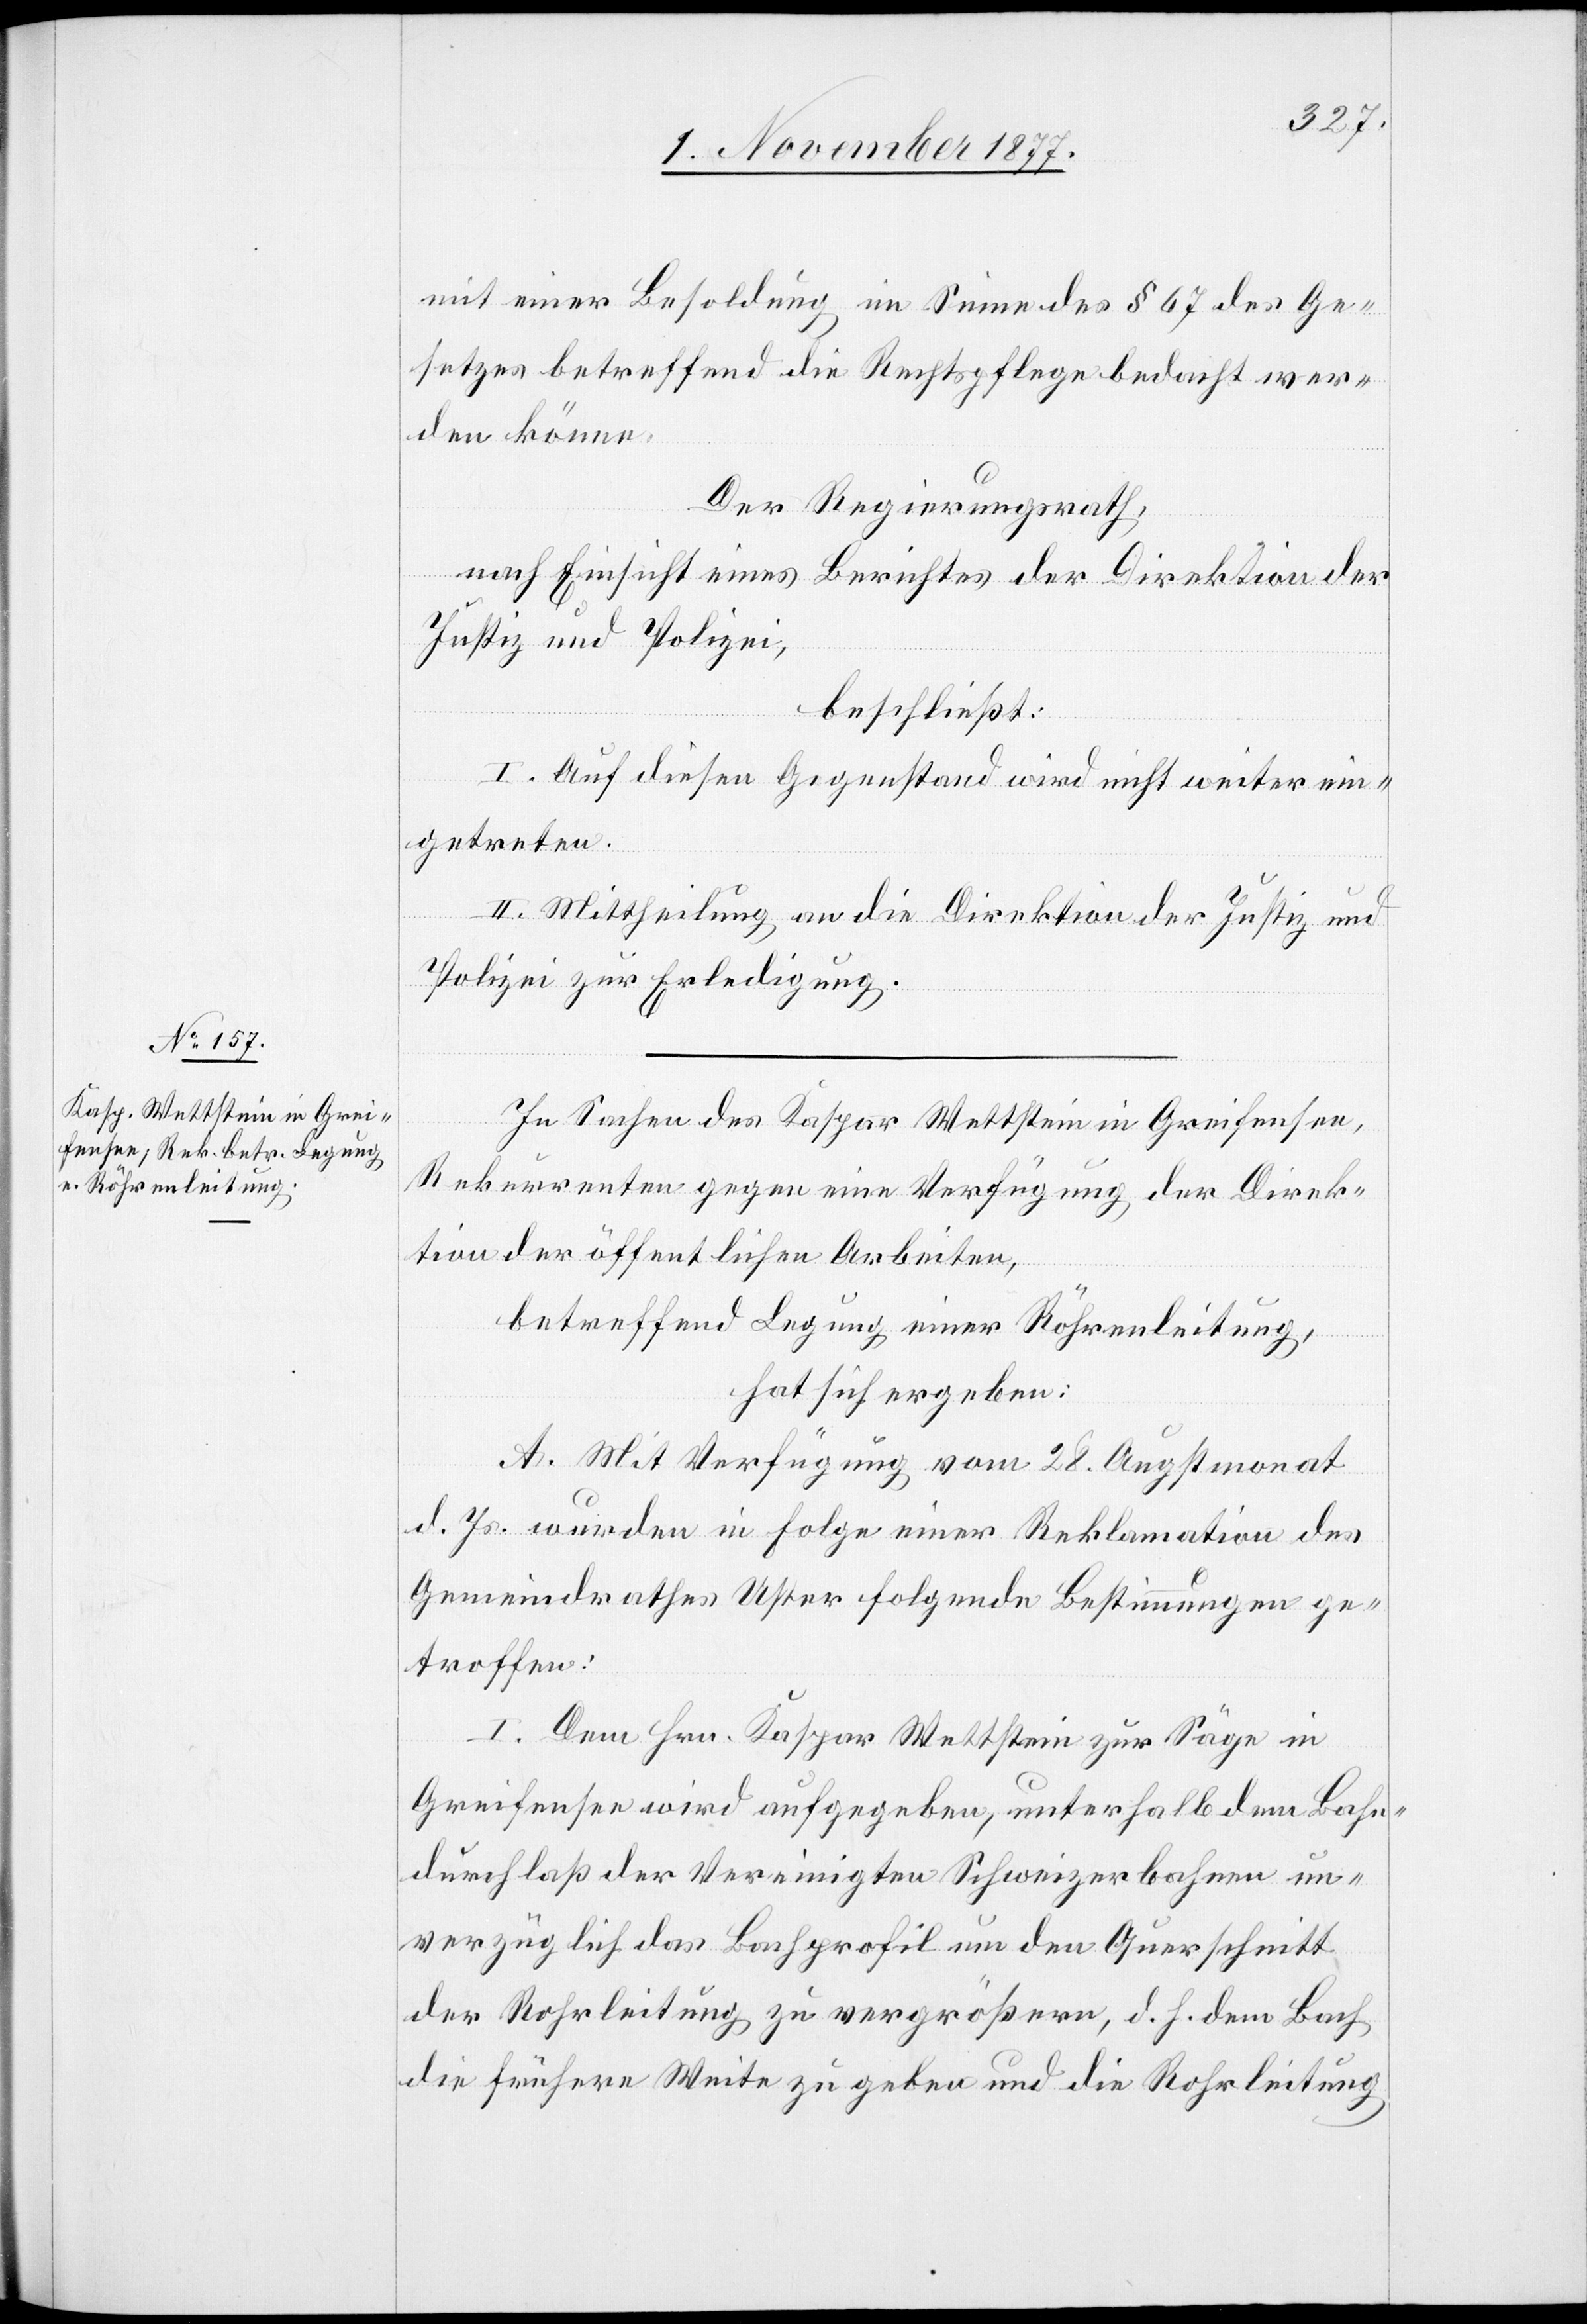
mit einer Besoldung im Sinne des § 67 des Ge¬
setzes betreffend die Rechtspflege bedacht wer¬
den könne.
Der Regierungsrath,
nach Einsicht eines Berichtes der Direktion der
Justiz und Polizei,
beschließt:
I. Auf diesen Gegenstand wird nicht weiter ein¬
getreten.
II. Mittheilung an die Direktion der Justiz und
Polizei zur Erledigung.
In Sachen des Kaspar Wettstein in Greifensee,
Rekurrenten gegen eine Verfügung der Direk¬
tion der öffentlichen Arbeiten,
betreffend Legung einer Röhrenleitung,
hat sich ergeben:
A. Mit Verfügung vom 28. Augstmonat
d. Js. wurden in Folge einer Reklamation des
Gemeindrathes Uster folgende Bestimmungen ge¬
troffen:
I. Dem Hrn. Kaspar Wettstein zur Säge in
Greifensee wird aufgegeben, unterhalb dem Bahn¬
durchlaß der Vereinigten Schweizerbahnen un¬
verzüglich das Bachprofil um den Querschnitt
der Rohrleitung zu vergrößern, d. h. dem Bach
die frühere Weite zu geben und die Rohrleitung